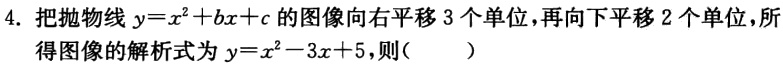
4. 把抛物线\(y = x^{2}+bx + c\)的图像向右平移\(3\)个单位，再向下平移\(2\)个单位，所得图像的解析式为\(y = x^{2}-3x + 5\)，则（  ）